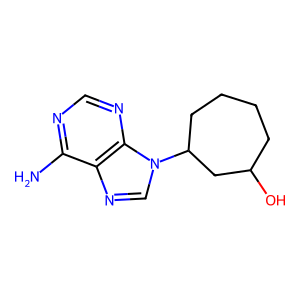
SMILES: Nc1ncnc2c1ncn2C1CCCCC(O)C1
Inhibits HIV replication: No